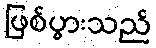
ဖြစ်ပွားသည်